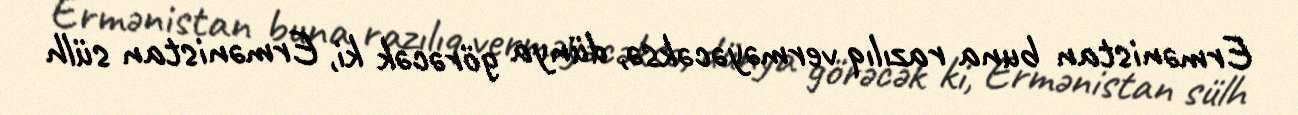
Ermənistan buna razılıq verməyəcəksə, dünya görəcək ki, Ermənistan sülh